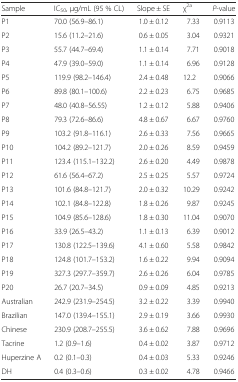
<table><thead><tr><td><b>Sample</b></td><td><b>IC<sub>50</sub>, μg/mL (95 % CL)</b></td><td><b>Slope ± SE</b></td><td><b>χ<sup>2a</sup></b></td><td><b><i>P</i>-value</b></td></tr></thead><tbody><tr><td>P1</td><td>70.0 (56.9–86.1)</td><td>1.0 ± 0.12</td><td>7.33</td><td>0.9113</td></tr><tr><td>P2</td><td>15.6 (11.2–21.6)</td><td>0.6 ± 0.05</td><td>3.04</td><td>0.9321</td></tr><tr><td>P3</td><td>55.7 (44.7–69.4)</td><td>1.1 ± 0.14</td><td>7.71</td><td>0.9018</td></tr><tr><td>P4</td><td>47.9 (39.0–59.0)</td><td>1.1 ± 0.14</td><td>6.96</td><td>0.9128</td></tr><tr><td>P5</td><td>119.9 (98.2–146.4)</td><td>2.4 ± 0.48</td><td>12.2</td><td>0.9066</td></tr><tr><td>P6</td><td>89.8 (80.1–100.6)</td><td>2.2 ± 0.23</td><td>6.75</td><td>0.9685</td></tr><tr><td>P7</td><td>48.0 (40.8–56.55)</td><td>1.2 ± 0.12</td><td>5.88</td><td>0.9406</td></tr><tr><td>P8</td><td>79.3 (72.6–86.6)</td><td>4.8 ± 0.67</td><td>6.67</td><td>0.9760</td></tr><tr><td>P9</td><td>103.2 (91.8–116.1)</td><td>2.6 ± 0.33</td><td>7.56</td><td>0.9665</td></tr><tr><td>P10</td><td>104.2 (89.2–121.7)</td><td>2.0 ± 0.26</td><td>8.59</td><td>0.9459</td></tr><tr><td>P11</td><td>123.4 (115.1–132.2)</td><td>2.6 ± 0.20</td><td>4.49</td><td>0.9878</td></tr><tr><td>P12</td><td>61.6 (56.4–67.2)</td><td>2.5 ± 0.25</td><td>5.57</td><td>0.9724</td></tr><tr><td>P13</td><td>101.6 (84.8–121.7)</td><td>2.0 ± 0.32</td><td>10.29</td><td>0.9242</td></tr><tr><td>P14</td><td>102.1 (84.8–122.8)</td><td>1.8 ± 0.26</td><td>9.87</td><td>0.9245</td></tr><tr><td>P15</td><td>104.9 (85.6–128.6)</td><td>1.8 ± 0.30</td><td>11.04</td><td>0.9070</td></tr><tr><td>P16</td><td>33.9 (26.5–43.2)</td><td>1.1 ± 0.13</td><td>6.39</td><td>0.9012</td></tr><tr><td>P17</td><td>130.8 (122.5–139.6)</td><td>4.1 ± 0.60</td><td>5.58</td><td>0.9842</td></tr><tr><td>P18</td><td>124.8 (101.7–153.2)</td><td>1.6 ± 0.22</td><td>9.94</td><td>0.9094</td></tr><tr><td>P19</td><td>327.3 (297.7–359.7)</td><td>2.6 ± 0.26</td><td>6.04</td><td>0.9785</td></tr><tr><td>P20</td><td>26.7 (20.7–34.5)</td><td>0.9 ± 0.09</td><td>4.85</td><td>0.9213</td></tr><tr><td>Australian</td><td>242.9 (231.9–254.5)</td><td>3.2 ± 0.22</td><td>3.39</td><td>0.9940</td></tr><tr><td>Brazilian</td><td>147.0 (139.4–155.1)</td><td>2.9 ± 0.19</td><td>3.66</td><td>0.9930</td></tr><tr><td>Chinese</td><td>230.9 (208.7–255.5)</td><td>3.6 ± 0.62</td><td>7.88</td><td>0.9696</td></tr><tr><td>Tacrine</td><td>1.2 (0.9–1.6)</td><td>0.4 ± 0.02</td><td>3.87</td><td>0.9712</td></tr><tr><td>Huperzine A</td><td>0.2 (0.1–0.3)</td><td>0.4 ± 0.03</td><td>5.33</td><td>0.9246</td></tr><tr><td>DH</td><td>0.4 (0.3–0.6)</td><td>0.3 ± 0.02</td><td>4.78</td><td>0.9466</td></tr></tbody></table>